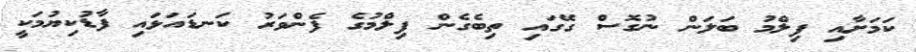
ކަމަށާއި ފިލްމު ބަލަން ނުގޮސް ގޭގައި ތިބެގެން ފިލްމުގެ ފެންވަރު ކަނޑައަޅައި ފާޑުކިޔުމަކީ